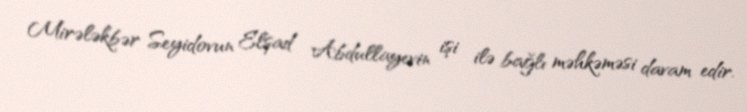
Mirələkbər Seyidovun Elşad Abdullayevin işi ilə bağlı məhkəməsi davam edir.